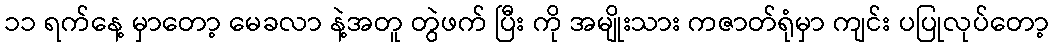
၁၁ ရက်နေ့ မှာတော့ မေခလာ နဲ့အတူ တွဲဖက် ပြီး ကို အမျိုးသား ကဇာတ်ရုံမှာ ကျင်း ပပြုလုပ်တော့